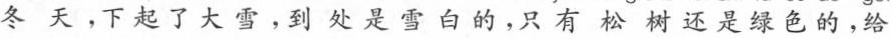
冬天，下起了大雪，到处是雪白的，只有松树还是绿色的，给